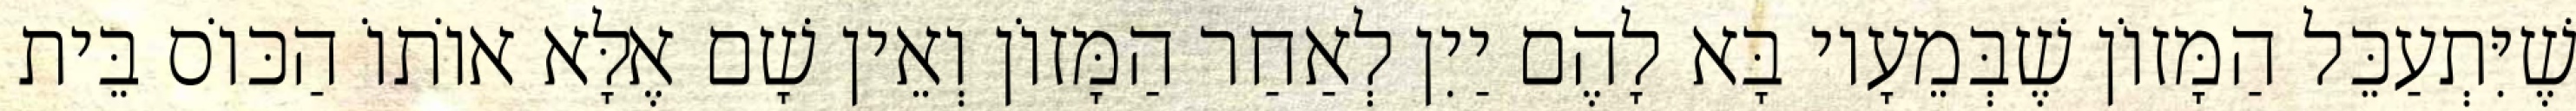
שֶׁיִּתְעַכֵּל הַמָּזוֹן שֶׁבְּמֵעָיו בָּא לָהֶם יַיִן לְאַחַר הַמָּזוֹן וְאֵין שָׁם אֶלָּא אוֹתוֹ הַכּוֹס בֵּית